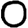
Digit: 0